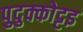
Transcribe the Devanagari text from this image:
पुदुक्कोट्टइ